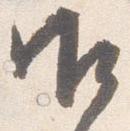
御